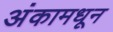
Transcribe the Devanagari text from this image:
अंकामधून